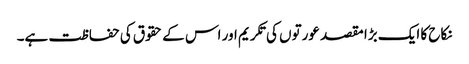
نکاح کا ایک بڑا مقصد عورتوں کی تکریم اور اس کے حقوق کی حفاظت ہے۔